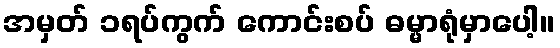
အမှတ် ၁ရပ်ကွက် ကောင်းစပ် ဓမ္မာရုံမှာပေါ့။